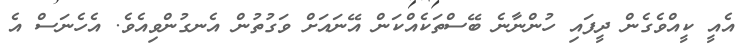
އެއީ ކީއްވެގެން ދީފައި ހުންނާނެ ބޭސްތަކެއްކަން އޭނައަށް ވަގުތުން އެނގުންވިއެވެ. އެހެނަސް އެ